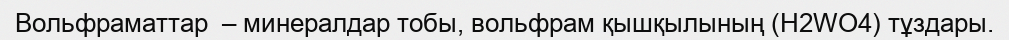
Вольфраматтар  – минералдар тобы, вольфрам қышқылының (H2WO4) тұздары.